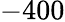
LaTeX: -400